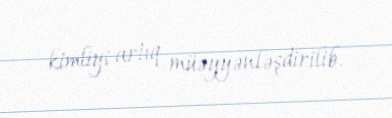
kimliyi artıq müəyyənləşdirilib.